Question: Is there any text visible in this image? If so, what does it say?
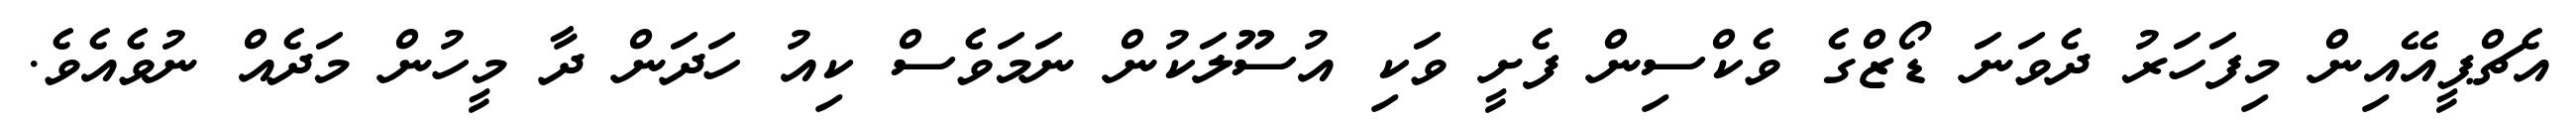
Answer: އެޗްޕީއޭއިން މިފަހަރު ދެވަނަ ޑޯޒްގެ ވެކްސިން ފެށީ ވަކި އުސޫލަކުން ނަމަވެސް ކިއު ހަދަން ދާ މީހުން މަދެއް ނުވެއެވެ.